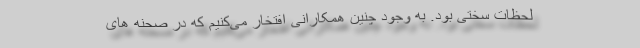
لحظات سختی بود. به وجود چنین همکارانی افتخار می‌کنیم که در صحنه های